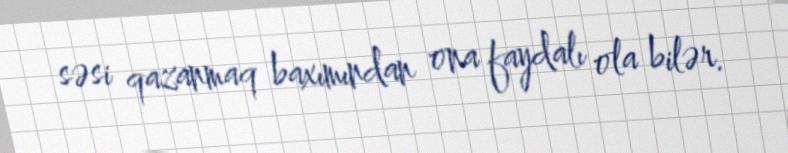
səsi qazanmaq baxımından ona faydalı ola bilər.